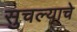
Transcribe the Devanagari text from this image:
सुचल्याचे